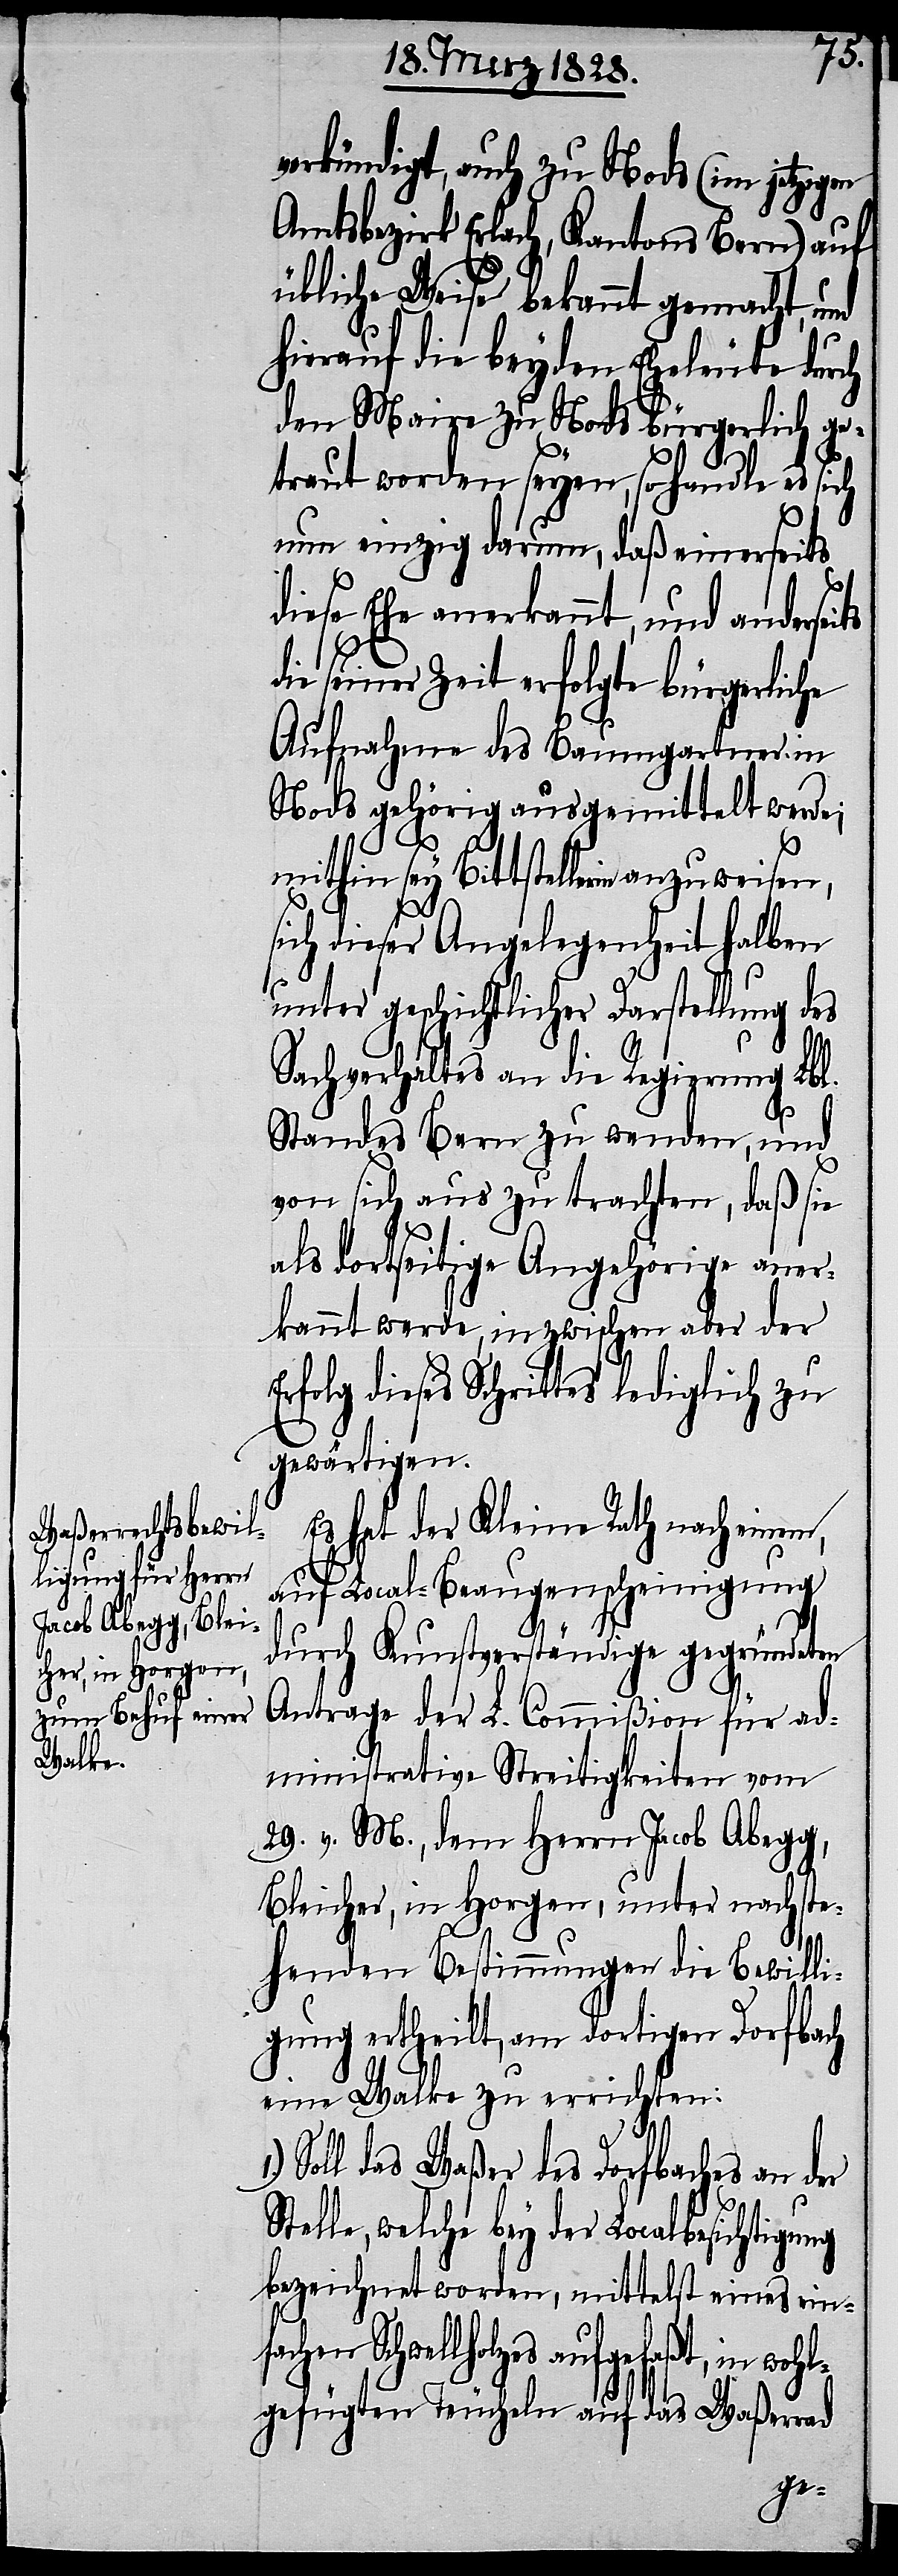
verkündigt, auch zur Nods (im jetzigen
Amtsbezirk Erlach, Kantons Bern) auf
übliche Weise bekannt gemacht, und
hierauf die beyden Eheleute durch
den Maire zu Nods bürgerlich ge¬
traut worden seyen, so handle es sich
nun einzig darum, daß einerseits
diese Ehe anerkannt, und andersei¬
die seiner Zeit erfolgte bürgerliche
Aufnahme des Baumgartner in
Nods gehörig ausgemittelt werde;
mithin sey Bittstellerin anzuweisen,
sich dieser Angelegenheit halben
unter geschichtlicher Darstellung des
Sachverhaltes an die Regierung Lbl.
Standes Bern zu wenden, und
von sich aus zu trachten, daß sie
als dortseitige Angehörige aner¬
kannt werde, inzwischen aber der
Erfolg dieses Schrittes lediglich zu
gewärtigen.
Es hat der Kleine Rath nach einem,
auf Local-Beaugenscheinigung
durch Kunstverständige gegründeten
Antrage der L. Commißion für ad¬
ministrative Streitigkeiten vom
29. v. M., dem Herrn Jacob Abegg,
Bleicher, in Horgen, unter nachste¬
S¬
henden Bestimmungen die Bewilli¬
gung ertheilt, am dortigen Dorfbach
eine Walke zu errichten:
Soll das Waßer des Dorfbaches an der
telle, welche bey der Localbesichtigung
bezeichnet worden, mittelst eines einf¬
achen Schwellholzes aufgefaßt,
lgefügten Teucheln auf das Waßerrad
woh¬